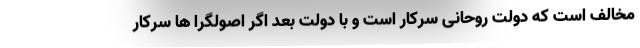
مخالف است که دولت روحانی سرکار است و با دولت بعد اگر اصولگرا ها سرکار